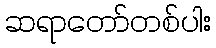
ဆရာတော်တစ်ပါး